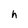
Character: h